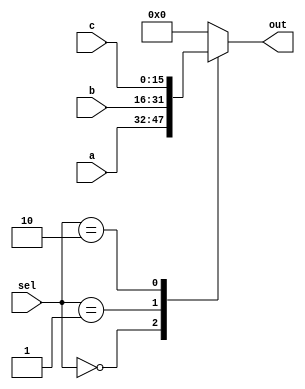
`timescale 1ns / 1ps
//////////////////////////////////////////////////////////////////////////////////
// Company: 
// Engineer: 
// 
// Design Name: 
// Module Name: MUX321
// Project Name: 
// Target Devices: 
// Tool Versions: 
// Description: 
// 
// Dependencies: 
// 
// Revision:
// Revision 0.01 - File Created
// Additional Comments:
// 
//////////////////////////////////////////////////////////////////////////////////


module MUX321
            #(parameter bits=16)
            (input [1:0] sel,
             input [bits-1:0] a, b, c,
             output reg [bits-1:0] out );
            always @(sel, a, b, c) begin
                    case (sel) 
                        2'b00: out = a;
                        2'b01: out = b;
                        2'b10: out =c;
                        default: out = 0;
                    endcase
                end
endmodule